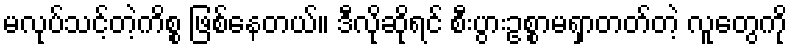
မလုပ်သင့်တဲ့ကိစ္စ ဖြစ်နေတယ်။ ဒီလိုဆိုရင် စီးပွားဥစ္စာမရှာတတ်တဲ့ လူတွေကို